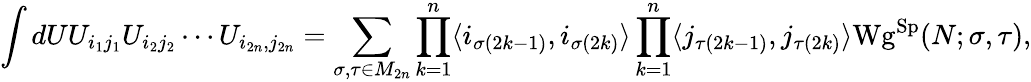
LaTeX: \int dUU_{i_{1}j_{1}}U_{i_{2}j_{2}}\cdots U_{i_{2n},j_{2n}}=\sum_{\sigma,\tau\in M_{2n}}\prod_{k=1}^{n}\langle i_{\sigma(2k-1)},i_{\sigma(2k)}\rangle\prod_{k=1}^{n}\langle j_{\tau(2k-1)},j_{\tau(2k)}\rangle\mathrm{Wg}^{\mathrm{Sp}}(N;\sigma,\tau),